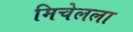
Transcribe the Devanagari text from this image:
मिचेलला